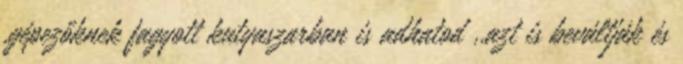
,gépezőknek fagyott kutyaszarban is adhatod ,.azt is beváltják és